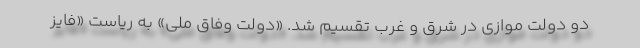
دو دولت موازی در شرق و غرب تقسیم شد. «دولت وفاق ملی» به ریاست «فایز